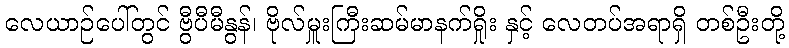
လေယာဉ်ပေါ်တွင် ဗွီပီမီနွန်၊ ဗိုလ်မှူးကြီးဆမ်မာနက်ရှိုး နှင့် လေတပ်အရာရှိ တစ်ဦးတို့